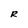
Character: R